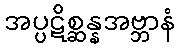
အပ္ပဋိစ္ဆန္နအဗ္ဘာနံ